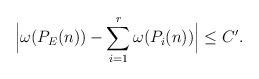
LaTeX: \begin{align*} \Big|\omega(P_E(n)) -\sum_{i=1}^r \omega(P_i(n)) \Big| \leq C'.\end{align*}